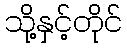
သို့နှင့်တိုင်